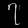
Digit: ၇